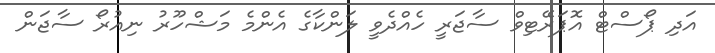
އަދި ޕޯސްޓް އޮޕަރޭޓިވް ސާޖަރީ ހެއްދެވީ ލަންކާގެ އެންމެ މަޝްހޫރު ނިއުރޯ ސާޖަން